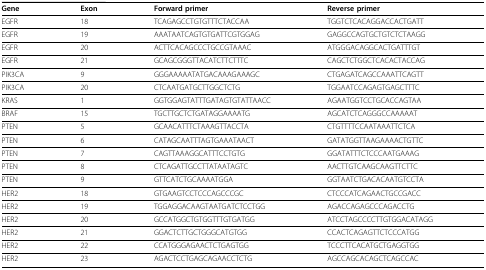
| Gene | Exon | Forward primer | Reverse primer |
 | --- | --- | --- | --- |
 | EGFR | 18 | TCAGAGCCTGTGTTTCTACCAA | TGGTCTCACAGGACCACTGATT |
 | EGFR | 19 | AAATAATCAGTGTGATTCGTGGAG | GAGGCCAGTGCTGTCTCTAAGG |
 | EGFR | 20 | ACTTCACAGCCCTGCCGTAAAC | ATGGGACAGGCACTGATTTGT |
 | EGFR | 21 | GCAGCGGGTTACATCTTCTTTC | CAGCTCTGGCTCACACTACCAG |
 | PIK3CA | 9 | GGGAAAAATATGACAAAGAAAGC | CTGAGATCAGCCAAATTCAGTT |
 | PIK3CA | 20 | CTCAATGATGCTTGGCTCTG | TGGAATCCAGAGTGAGCTTTC |
 | KRAS | 1 | GGTGGAGTATTTGATAGTGTATTAACC | AGAATGGTCCTGCACCAGTAA |
 | BRAF | 15 | TGCTTGCTCTGATAGGAAAATG | AGCATCTCAGGGCCAAAAAT |
 | PTEN | 5 | GCAACATTTCTAAAGTTACCTA | CTGTTTTCCAATAAATTCTCA |
 | PTEN | 6 | CATAGCAATTTAGTGAAATAACT | GATATGGTTAAGAAAACTGTTC |
 | PTEN | 7 | CAGTTAAAGGCATTTCCTGTG | GGATATTTCTCCCAATGAAAG |
 | PTEN | 8 | CTCAGATTGCCTTATAATAGTC | AACTTGTCAAGCAAGTTCTTC |
 | PTEN | 9 | GTTCATCTGCAAAATGGA | GGTAATCTGACACAATGTCCTA |
 | HER2 | 18 | GTGAAGTCCTCCCAGCCCGC | CTCCCATCAGAACTGCCGACC |
 | HER2 | 19 | TGGAGGACAAGTAATGATCTCCTGG | AGACCAGAGCCCAGACCTG |
 | HER2 | 20 | GCCATGGCTGTGGTTTGTGATGG | ATCCTAGCCCCTTGTGGACATAGG |
 | HER2 | 21 | GGACTCTTGCTGGGCATGTGG | CCACTCAGAGTTCTCCCATGG |
 | HER2 | 22 | CCATGGGAGAACTCTGAGTGG | TCCCTTCACATGCTGAGGTGG |
 | HER2 | 23 | AGACTCCTGAGCAGAACCTCTG | AGCCAGCACAGCTCAGCCAC |